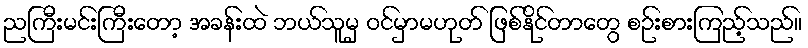
ညကြီးမင်းကြီးတော့ အခန်းထဲ ဘယ်သူမှ ဝင်မှာမဟုတ် ဖြစ်နိုင်တာတွေ စဉ်းစားကြည့်သည်။